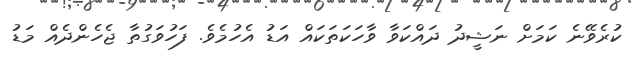
ކުރެވޭނެ ކަމަށް ނަޝީދު ދައްކަވާ ވާހަކަތަކައް އަޑު އެހުމެވެ. ފަހުވަގުތާ ޖެހެންދެއް މަޑު